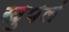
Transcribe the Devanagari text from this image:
खुपलं